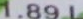
1.89 L